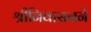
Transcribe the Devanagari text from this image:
श्रीनिवासनने